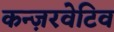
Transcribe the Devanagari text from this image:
कन्ज़रवेटिव